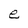
Character: e